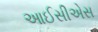
આઈસીએસ